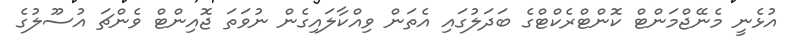
އުޅެނީ މެނޭޖްމަންޓް ކޮންޓްރެކްޓްގެ ބަދަލުގައި އެތަން ވިއްކާލައިގެން ނުވަތަ ޖޮއިންޓް ވެންޗަ އުސޫލުގެ